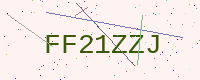
Text: FF21ZZJ